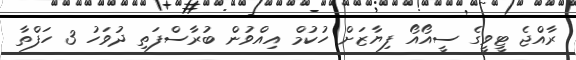
ރާއްޖެ ޓީވީގެ ސީއޯއޯ ފިޔާޒަށް ހުކުމް އިއްވުން ބުރާސްފަތި ދުވަހު 3 ހަފްތާ